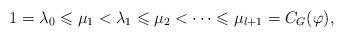
LaTeX: \begin{align*}1=\lambda _0\leqslant \mu _1< \lambda _1\leqslant \mu _2< \dots \leqslant \mu _{l+1}=C_G(\varphi ),\end{align*}